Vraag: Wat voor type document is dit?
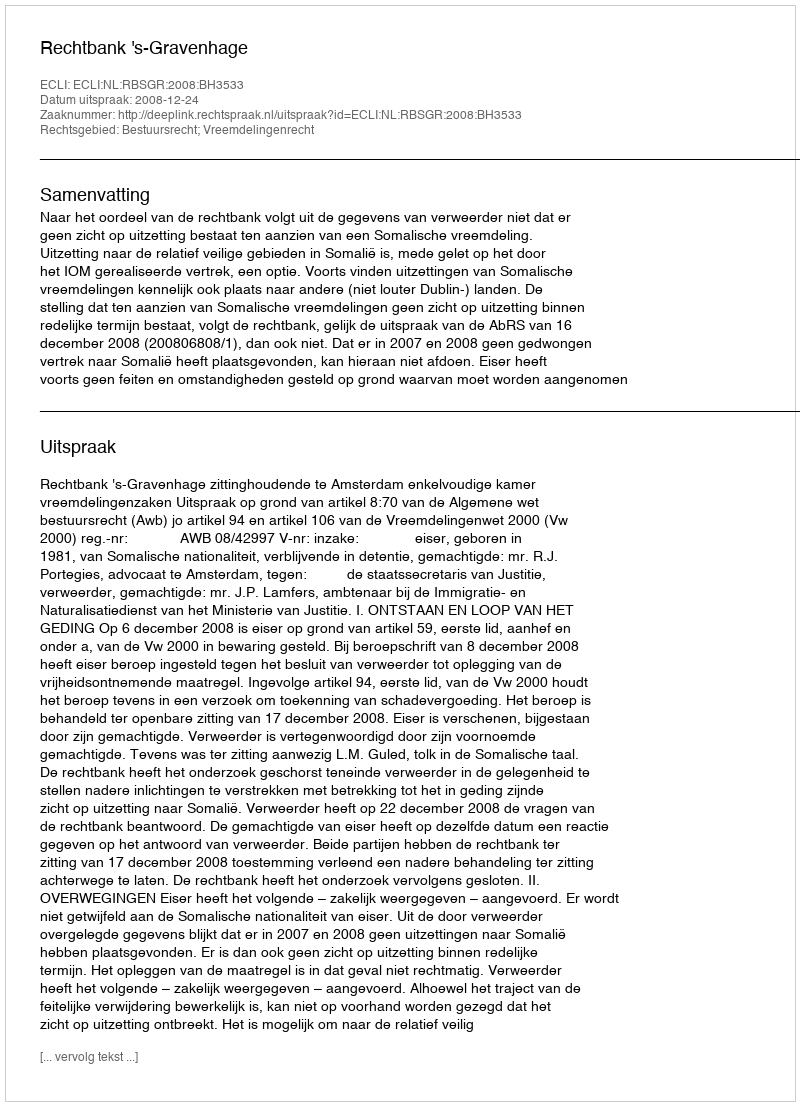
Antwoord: Uitspraak